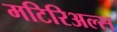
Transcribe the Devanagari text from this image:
मटिरिअल्स